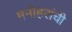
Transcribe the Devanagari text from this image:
मनोहरांची